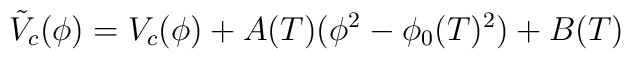
\tilde V_c(\phi) = V_c(\phi) + A(T) (\phi^2 - \phi_0(T)^2) + B(T)